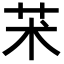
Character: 𦬸